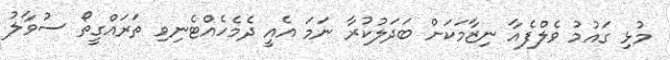
މުޅި ގައުމު ވެލްފެއާ ނިޒާމަކަށް ބަދަލުކުރާ ނަމަ އެއީ ދެމެހެއްޓެނިވި ތަރައްގީތޯ ސުވާލު